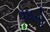
વઘતો